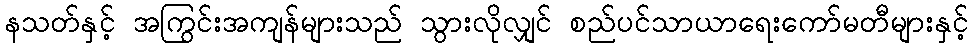
နသတ်နှင့် အကြွင်းအကျန်များသည် သွားလိုလျှင် စည်ပင်သာယာရေးကော်မတီများနှင့်